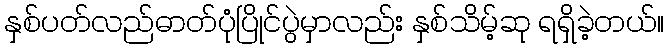
နှစ်ပတ်လည်ဓာတ်ပုံပြိုင်ပွဲမှာလည်း နှစ်သိမ့်ဆု ရရှိခဲ့တယ်။